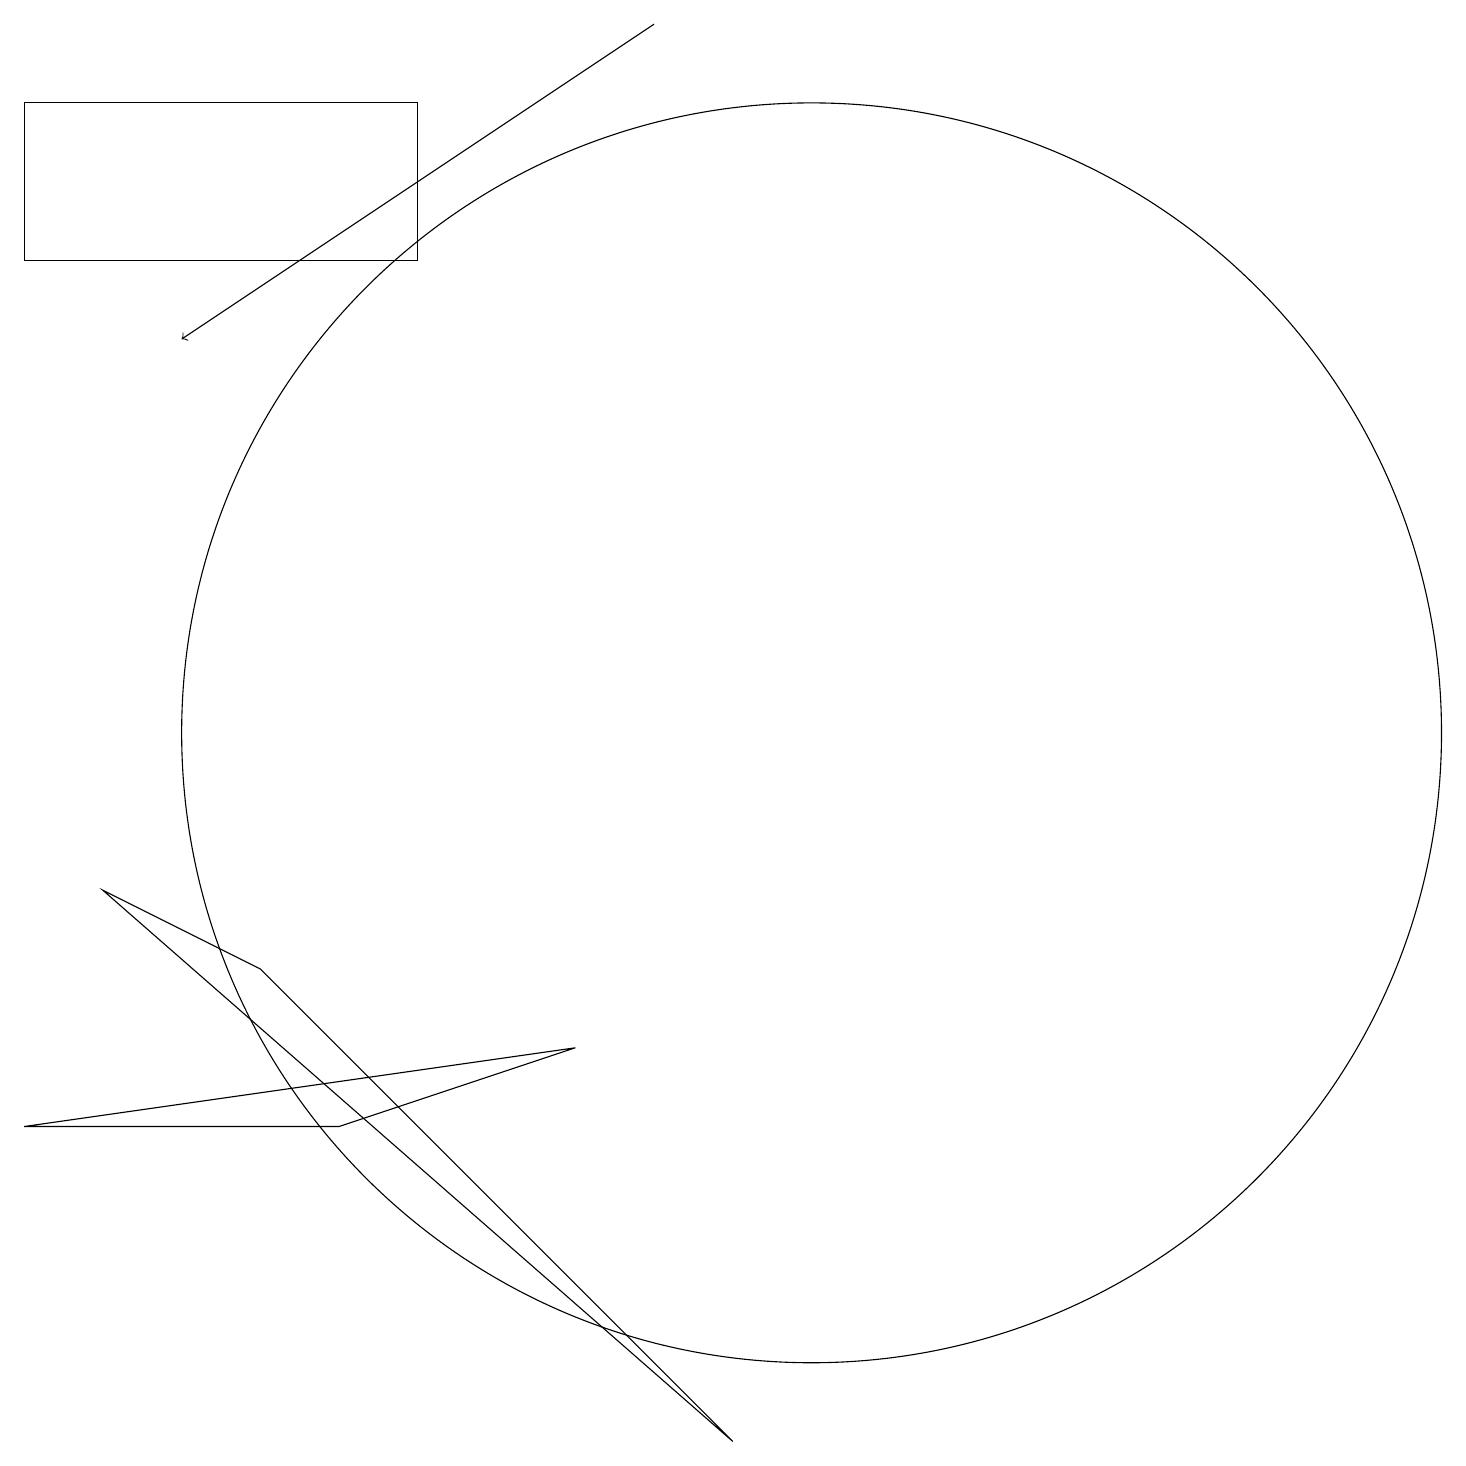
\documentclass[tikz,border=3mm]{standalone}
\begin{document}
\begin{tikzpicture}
\draw (10,10) circle (8);
\draw (0,18) rectangle (5,16);
\draw (7,6) -- (0,5) -- (4,5) -- cycle;
\draw (3,7) -- (1,8) -- (9,1) -- cycle;
\draw[->] (8,19) -- (2,15);
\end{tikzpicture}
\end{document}